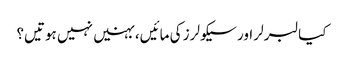
کیا لبرلر اور سیکولرز کی مائیں، بہنیں نہیں ہوتیں؟